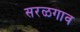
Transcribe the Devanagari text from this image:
सरळगाव